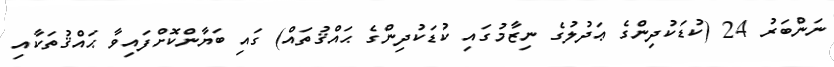
ނަންބަރު 24 (ކުޑަކުދިންގެ ޢަދުލުގެ ނިޒާމުގައި ކުޑަކުދިންގެ ޙައްޤުތައް) ގައި ބަޔާންކޮށްފައިވާ ޙައްޤުތަކާއި